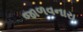
જાળવનારા